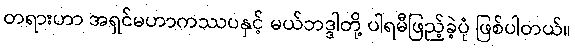
တရားဟာ အရှင်မဟာကဿပနှင့် မယ်ဘဒ္ဒါတို့ ပါရမီဖြည့်ခဲ့ပုံ ဖြစ်ပါတယ်။